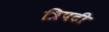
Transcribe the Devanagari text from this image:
त्रिपटी